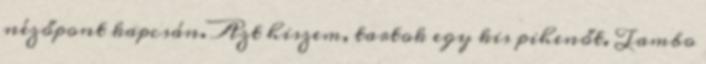
nézőpont kapcsán. Azt hiszem, tartok egy kis pihenőt. Tambo